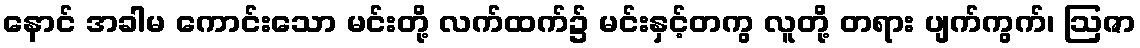
နောင် အခါမ ကောင်းသော မင်းတို့ လက်ထက်၌ မင်းနှင့်တကွ လူတို့ တရား ပျက်ကွက်၊ ဩဇာ